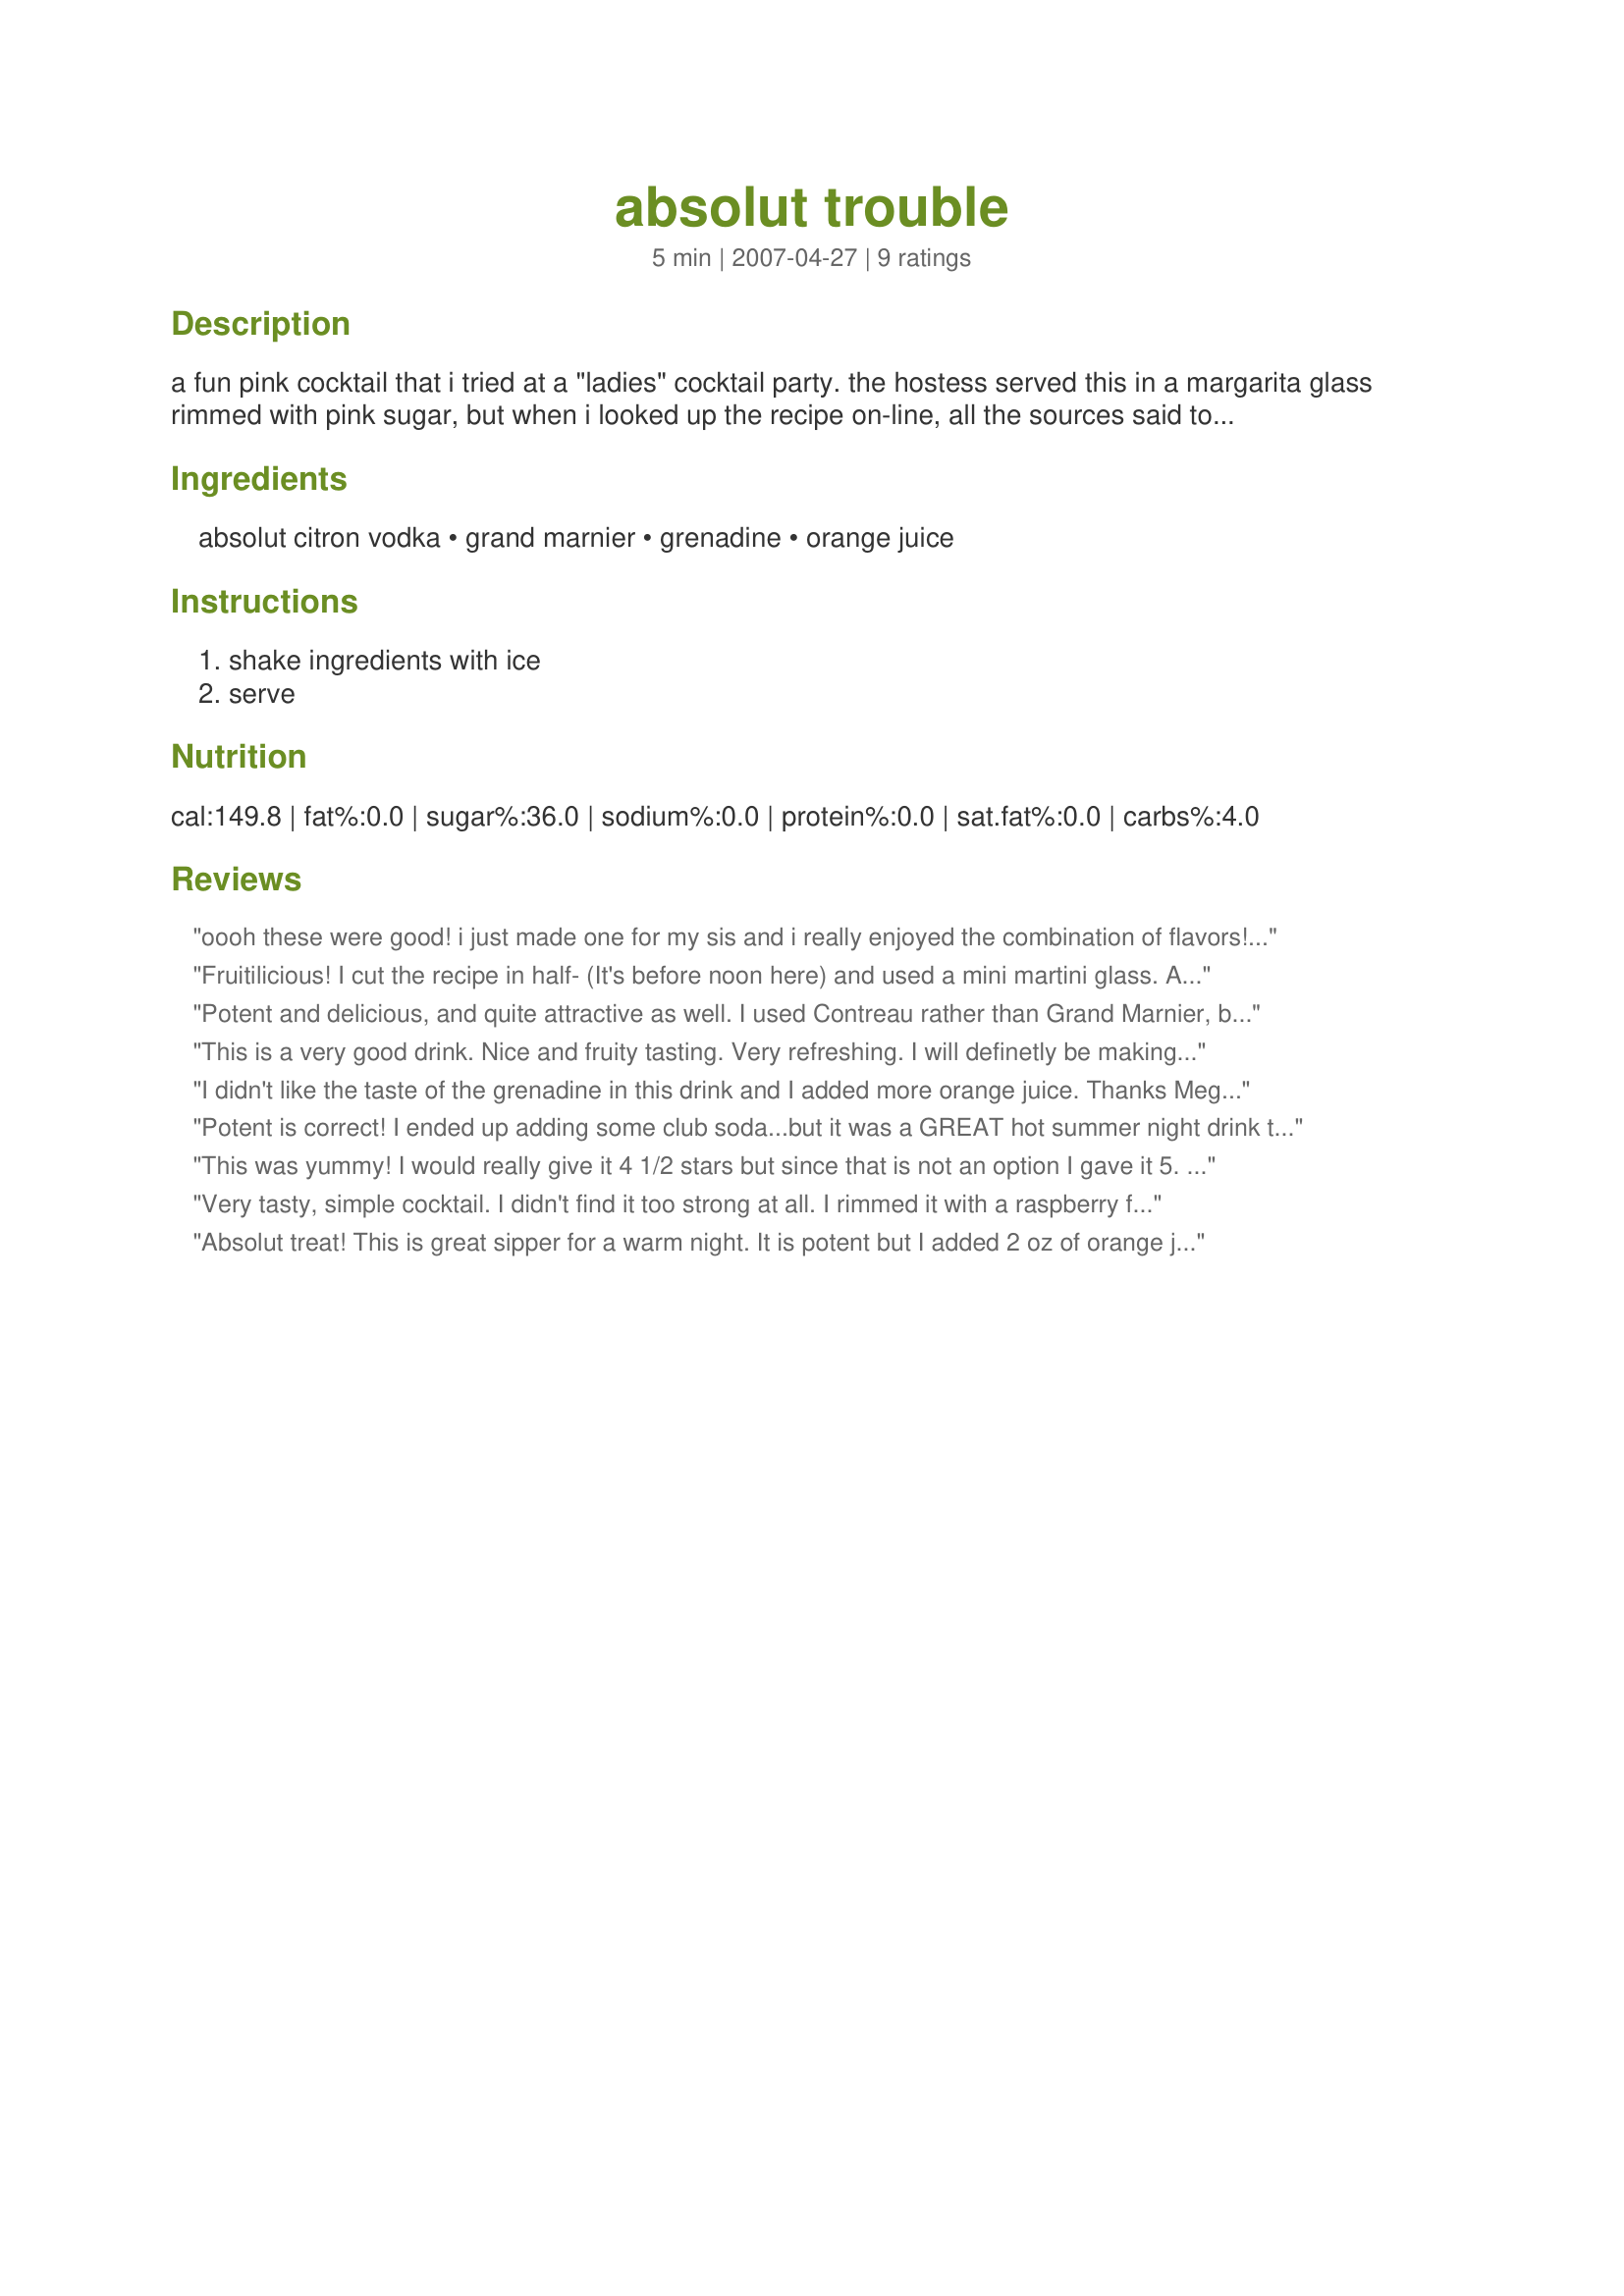
absolut trouble
Preparation time: 5 minutes

a fun pink cocktail that i tried at a "ladies" cocktail party. the hostess served this in a margarita glass rimmed with pink sugar, but when i looked up the recipe on-line, all the sources said to use an old-fashioned glass. take your pick :)

Ingredients:
absolut citron vodka, grand marnier, grenadine, orange juice

Steps:
shake ingredients with ice, serve

Reviews:
oooh these were good! i just made one for my sis and i really enjoyed the combination of flavors! at first sip i thought it was a little too strong but the after taste is just scrumptious! and really fruity! only sub i made was i didn't realize i was out of absolute citron until i started making the drink so instead i used my pink lemonade vodka! :D! thats why my pic might be a little pinker than the drinks supposed to be! thanks 4 a great cocktail! :D! made for zwt4
Fruitilicious! I cut the recipe in half- (It's before noon here) and used a mini martini glass. A nice cocktail to sip on. Made for ZWT 4.
Potent and delicious, and quite attractive as well. I used Contreau rather than Grand Marnier, but it was wonderful. I think it might be good with a dash of sparkling water as well. Thanks for sharing!
This is a very good drink. Nice and fruity tasting. Very refreshing. I will definetly be making this again. Thanks for sharing your recipe. Made for ZWT 4 EE for the Cafe ZMAKK Gypsies.
I didn't like the taste of the grenadine in this drink and I added more orange juice. Thanks Megnbrycesmom. Made for the Babes of ZWT4
Potent is correct! I ended up adding some club soda...but it was a GREAT hot summer night drink that almost had me imagining the ocean in my backyard! Thanks. ZWT4
This was yummy! I would really give it 4 1/2 stars but since that is not an option I gave it 5. I don't often spluge with Grand Marnier, but I think it's worth it here. Next time I'll use fresh orange juice to make it even better. I served it in a martini glass but I think it would be a good sipping drink over ice in an old fashioned glass. Go easy, this is potent! Thanks for posting megnbrycesmom.
Very tasty, simple cocktail. I didn't find it too strong at all. I rimmed it with a raspberry flavoured pink sugar. Mmm. Thanks for posting! Made for ZWT 4.
Absolut treat! This is great sipper for a warm night. It is potent but I added 2 oz of orange juice and it was perfect for me. I served mine in a rocks glass but this is such a beautiful color that it would look fabulous in a fancy glass with a sugared rim! Made for the Babes of ZWT4.
